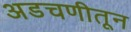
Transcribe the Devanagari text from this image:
अडचणीतून